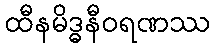
ထီနမိဒ္ဓနီဝရဏဿ